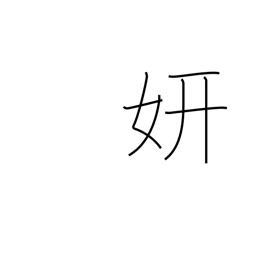
Meaning: splendor